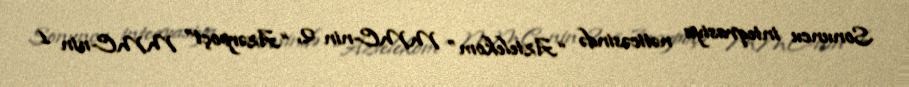
Sonuncu inteqrasiya nəticəsində “Aztelekom” MMC-nin 2, “Azərpoçt” MMC-nin 1